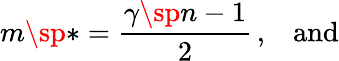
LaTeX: m\sp{*}={\frac{\gamma\sp{n-1}}{2}}\, ,\; \; \; \mathrm{and}